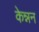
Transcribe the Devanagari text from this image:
केन्नन